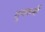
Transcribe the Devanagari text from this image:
गुणकर्मीं